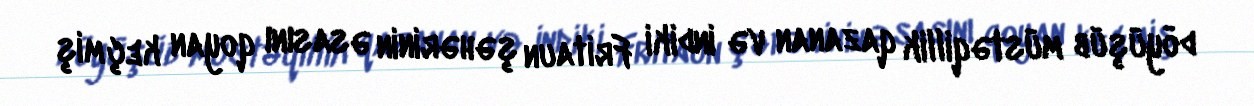
döyüşüb müstəqillik qazanan və indiki Fritaun şəhərinin əsasını qoyan keçmiş